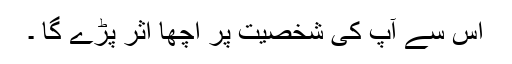
اس سے آپ کی شخصیت پر اچھا اثر پڑے گا ۔